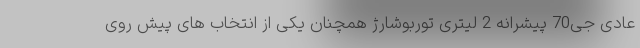
عادی جی70 پیشرانه 2 لیتری توربوشارژ همچنان یکی از انتخاب های پیش روی